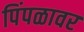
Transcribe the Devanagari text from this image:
पिंपळावर